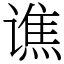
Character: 谯